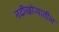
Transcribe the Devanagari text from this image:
नदीखोऱ्यातील